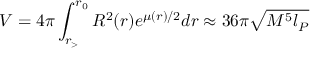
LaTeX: V = 4 \pi \int _ { r _ { > } } ^ { r _ { 0 } } R ^ { 2 } ( r ) e ^ { \mu ( r ) / 2 } d r \approx 3 6 \pi \sqrt { M ^ { 5 } l _ { P } }